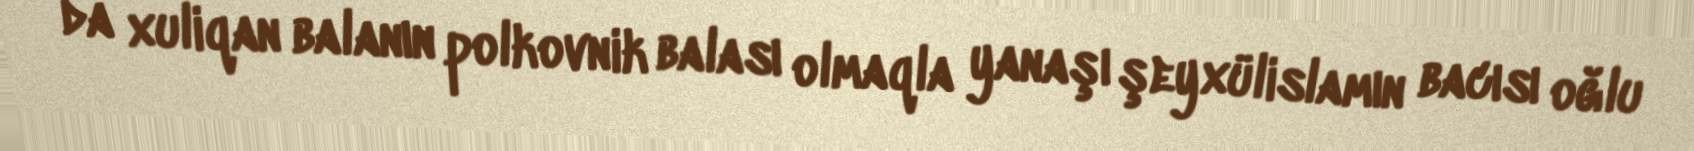
da xuliqan balanın polkovnik balası olmaqla yanaşı şeyxülislamın bacısı oğlu